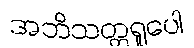
အဘိသတ္တရူပေါ